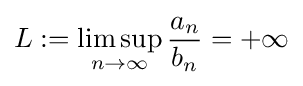
L:=\limsup _{n\to \infty }{\frac {a_{n}}{b_{n}}}=+\infty